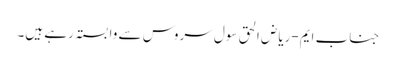
جناب ایم-ریاض الحق سول سروس سے وابستہ رہے ہیں۔